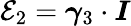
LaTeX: \mathcal{E}_{2}=\boldsymbol{\gamma}_{3}\cdot\boldsymbol{I}